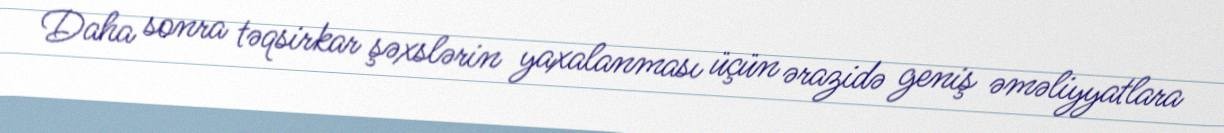
Daha sonra təqsirkar şəxslərin yaxalanması üçün ərazidə geniş əməliyyatlara